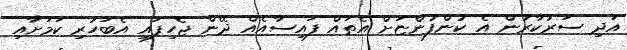
އަދި ސަރުކާރުން އެ ކުންފުންޏަށް އެތައް ފައިސާއެއް ދޭން ޖެހިފައި އެބަހުރި ކަމަށާއި